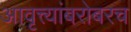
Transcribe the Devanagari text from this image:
आवृत्त्यांबरोबरच